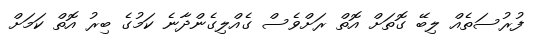
ފުރުސަތެއް ލިބޭ ގޮތަށް އޮތް ރަށްވެސް ގެއްލިގެންދާނެ ކަމުގެ ބިރު އޮތް ކަމަށް